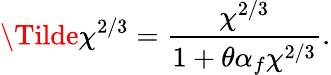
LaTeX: \Tilde{\chi}^{2/3}=\frac{\chi^{2/3}}{1+\theta\alpha_{f}\chi^{2/3}}.